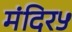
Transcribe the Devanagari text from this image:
मंदिर५